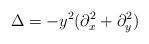
LaTeX: \begin{align*} \Delta = - y^2 (\partial_x^2 + \partial_y^2)\end{align*}